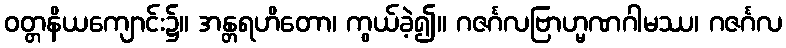
ဝတ္တနိယကျောင်း၌။ အန္တရဟိတော၊ ကွယ်ခဲ့၍။ ဂဇင်္ဂလဗြာဟ္မဏဂါမဿ၊ ဂဇင်္ဂလ